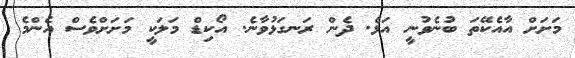
މަށަށް އާއެކޭތަ ބުނެވުނީ އަޅެ. ދެން ރަނގަޅުވާނެ. އޯކިޑް މަލަކީ މަށަށްވެސް އެންމެ